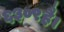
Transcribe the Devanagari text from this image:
६३०९है।